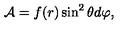
{ \cal A } = f ( r ) \sin ^ { 2 } \theta d \varphi ,